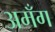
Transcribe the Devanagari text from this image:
अमँग